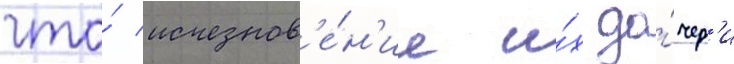
что́ исчезнов'е́н'ие и́х до́чер'и